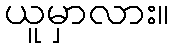
ယူမှာလား။